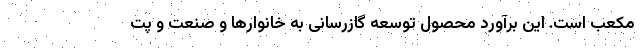
مکعب است. این برآورد محصول توسعه گازرسانی به خانوارها و صنعت و پت